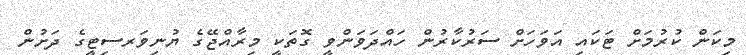
މިކަން ކުރުމަށް ޓަކައި އަވަހަށް ސަރުކާރުން ހައްދަވަންވީ ގޮތަކީ މިރާއްޖޭގެ ޔުނިވަރސިޓީގެ ދަށުން